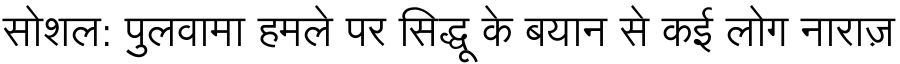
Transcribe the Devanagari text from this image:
सोशल: पुलवामा हमले पर सिद्धू के बयान से कई लोग नाराज़